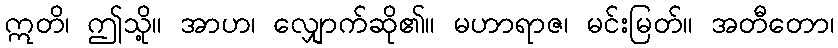
ဣတိ၊ ဤသို့။ အာဟ၊ လျှောက်ဆို၏။ မဟာရာဇ၊ မင်းမြတ်။ အတီတော၊